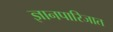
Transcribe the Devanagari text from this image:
ज्ञानपारिजात